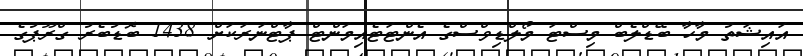
އައިޝަތު މާހާ ބޭޑްލެބް މިސްޓަ މޯލްޑިވްސްގެ އެންޓަޓެއިމަންޓް ޕާޓްނަރަކަށް 1438 ބޮޑުބެރު ގްރޫޕުގެ